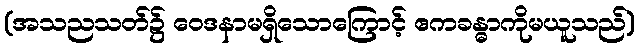
(အသညသတ်၌ ဝေဒနာမရှိသောကြောင့် ဧကခန္ဓာကိုမယူသည်)